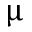
\upmu